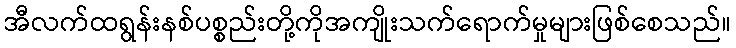
အီလက်ထရွန်းနစ်ပစ္စည်းတို့ကိုအကျိုးသက်ရောက်မှုများဖြစ်စေသည်။